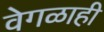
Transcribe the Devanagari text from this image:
वेगळाही